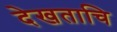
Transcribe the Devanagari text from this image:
देखताचि